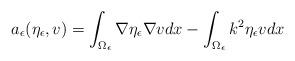
LaTeX: \begin{align*}a_\epsilon(\eta_\epsilon,v)=\int_{\Omega_\epsilon}\nabla \eta_\epsilon\nabla vdx-\int_{\Omega_\epsilon}k^2 \eta_\epsilon v dx\end{align*}